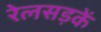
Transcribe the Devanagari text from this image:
रेलसड़कें